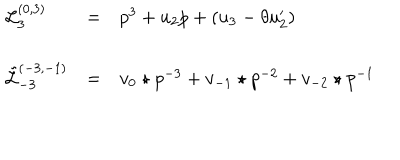
LaTeX: \begin{array} { l c l } { { { \mathcal L } _ { 3 } ^ { ( 0 , 3 ) } } } & { { = } } & { { p ^ { 3 } + u _ { 2 } p + ( u _ { 3 } - \theta u _ { 2 } ^ { \prime } ) } } \\ { { { \tilde { \mathcal L } } _ { - 3 } ^ { ( - 3 , - 1 ) } } } & { { = } } & { { { v _ { 0 } \star p } ^ { - 3 } + v _ { - 1 } \star p ^ { - 2 } + v _ { - 2 } \star p ^ { - 1 } } } \\ \end{array}